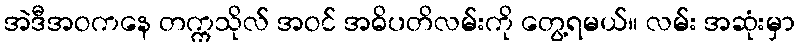
အဲဒီအဝကနေ တက္ကသိုလ် အဝင် အဓိပတိလမ်းကို တွေ့ရမယ်။ လမ်း အဆုံးမှာ